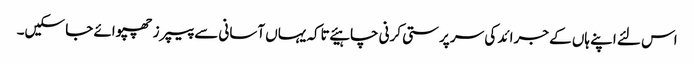
اس لئے اپنے ہاں کے جرائد کی سر پرستی کرنی چاہیئے تاکہ یہاں آسانی سے پیپرز چھپوائے جا سکیں۔